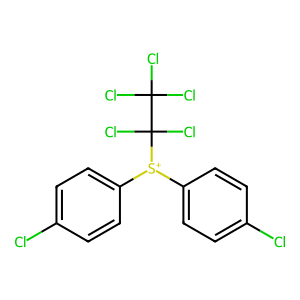
SMILES: Clc1ccc([S+](c2ccc(Cl)cc2)C(Cl)(Cl)C(Cl)(Cl)Cl)cc1
Inhibits HIV replication: No